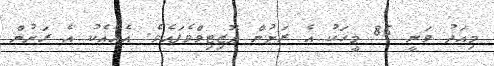
މިއަދު ވަނީ 85 މީހަކު އެ ރަށުން ޕޮޒިޓިވްވެފައެވެ. އެއާއެކު އެ ރަށުން